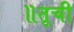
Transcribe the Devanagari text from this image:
॥तूची